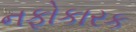
નફોકારક